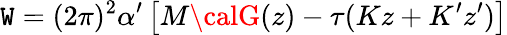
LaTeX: \mathtt{W}=(2\pi)^{2}\alpha^{\prime}\left[M{\calG}(z)-\tau(Kz+K^{\prime}z^{\prime})\right]